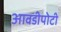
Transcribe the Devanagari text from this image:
आवडीपोटी